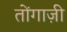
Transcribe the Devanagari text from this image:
तोंगाज़ी